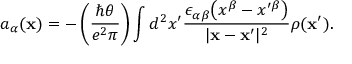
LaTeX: a _ { \alpha } ( { \bf x } ) = - \left( { \frac { \hbar \theta } { e ^ { 2 } \pi } } \right) \int d ^ { 2 } x ^ { \prime } { \frac { \epsilon _ { \alpha \beta } \bigl ( x ^ { \beta } - x ^ { \prime \beta } \bigr ) } { \vert { \bf x } - { \bf x } ^ { \prime } \vert ^ { 2 } } } \rho ( { \bf x } ^ { \prime } ) .